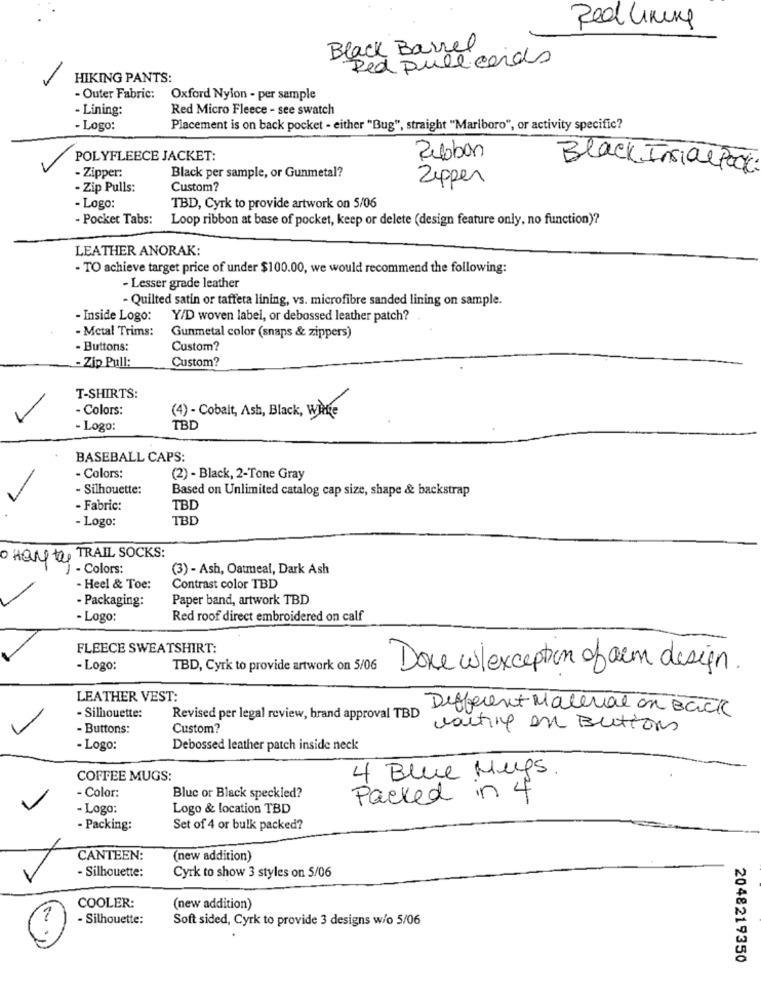
Red Lining
Black Barrel
Red pull cards
HIKING PANTS:
- Outer Fabric:
Oxford Nylon - per sample
Lining:
Red Micro Fleece - see swatch
- Logo:
Placement is on back pocket - either "Bug", straight "Marlboro", or activity specific?
POLYFLEECE JACKET:
Ribbon
- Zipper:
Black Instalpock:
Black per sample, or Gunmetal?
Zipper
- Zip Pulls:
Custom?
- Logo:
TBD, Cyrk to provide artwork on 5/06
- Pocket Tabs:
Loop ribbon at base of pocket, keep or delete (design feature only, no function)?
LEATHER ANORAK:
- TO achieve target price of under $100.00, we would recommend the following:
- Lesser grade leather
- Quilted satin or taffeta lining, vs. microfibre sanded lining on sample.
- Inside Logo:
Y/D woven label, or debossed leather patch?
- Metal Trims:
Gunmetal color (snaps & zippers)
-Buttons:
Custom?
- Zip Pull:
Custom?
T-SHIRTS:
- Colors:
(4) - Cobalt, Ash, Black, Wike
- Logo:
TBD
BASEBALL CAPS:
- Colors:
(2) - Black, 2-Tone Gray
- Silhouette:
Based on Unlimited catalog cap size, shape & backstrap
- Fabric:
TBD
- Logo:
TBD
· Her to, TRAIL SOCKS:
- Colors:
(3) - Ash, Oatmeal, Dark Ash
Heel & Toe:
Contrast color TBD
Packaging:
Paper band, artwork TBD
- Logo:
Red roof direct embroidered on calf
FLEECE SWEATSHIRT:
- Logo:
TBD, Cyrk to provide artwork on 5/06
Done wlexception of aem design.
LEATHER VEST:
Different Material on Back
- Silhouette:
Revised per legal review, brand approval TBD
- Buttons:
Custom?
vaitine en Buttons
- Logo:
Debossed leather patch inside neck
4 Blue Mups.
COFFEE MUGS:
- Color:
Bluc or Black speckled?
Packed in 4
- Logo:
Logo & location TBD
- Packing:
Set of 4 or bulk packed?
CANTEEN:
(new addition)
- Silhouette:
Cyrk to show 3 styles on 5/06
COOLER:
(new addition)
- Silhouette:
Soft sided, Cyrk to provide 3 designs w/o 5/06
2048219350